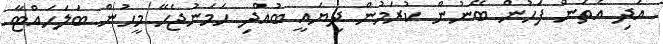
އަދި އެތަން ފަހުން ބޭނުން ކުރަމުން ދިޔައީ ބުއްދި ހަމަނުޖެހޭ މީހުން ބަލަހައްޓާ